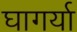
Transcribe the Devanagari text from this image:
घागर्या